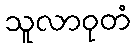
သူလာဝုတံ